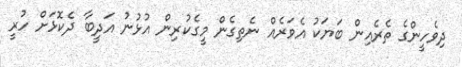
ދިވެހީންގެ ތެރެއިން ބަޔަކު އެވަރެއް ނެތިގެން މީގެކުރިން އުޅުނު އަދީބާ ދެކޮޅަށް ހުރީ